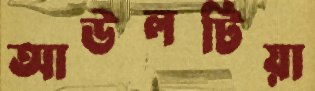
আউলটিয়া